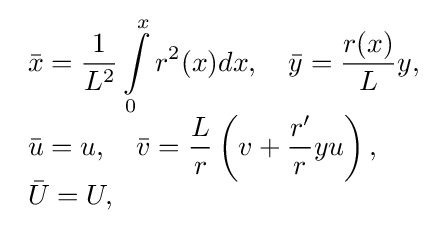
{\begin{array}{l}\displaystyle {\bar {x}}={\frac {1}{L^{2}}}\int \limits _{0}^{x}r^{2}(x)dx,\quad {\bar {y}}={\frac {r(x)}{L}}y,\\\displaystyle {\bar {u}}=u,\quad {\bar {v}}={\frac {L}{r}}\left(v+{\frac {r'}{r}}yu\right),\\\displaystyle {\bar {U}}=U,\end{array}}